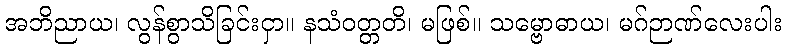
အဘိညာယ၊ လွန်စွာသိခြင်းငှာ။ နသံဝတ္တတိ၊ မဖြစ်။ သမ္ဗောဓာယ၊ မဂ်ဉာဏ်လေးပါး